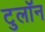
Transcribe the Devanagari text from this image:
टुलॉन